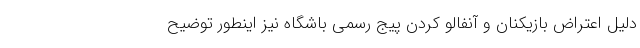
دلیل اعتراض بازیکنان و آنفالو کردن پیج رسمی باشگاه نیز اینطور توضیح